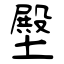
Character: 壂